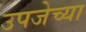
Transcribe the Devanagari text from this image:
उपजेच्या